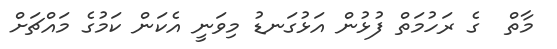
މާތް  ގެ ރަހުމަތް ފުޅުން އަޅުގަނޑު މިވަނީ އެކަން ކަމުގެ މައްޗަށް